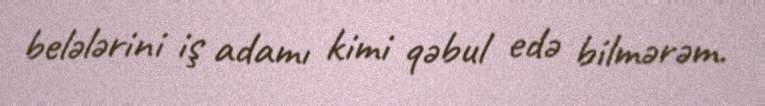
belələrini iş adamı kimi qəbul edə bilmərəm.